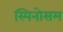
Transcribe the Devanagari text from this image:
स्पिनोसम